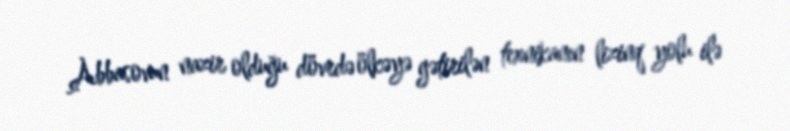
Abbasovun nazir olduğu dövrdə ölkəyə gətirilən texnikanın lizinq yolu ilə